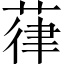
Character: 葎